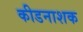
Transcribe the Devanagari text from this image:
कीडनाशक